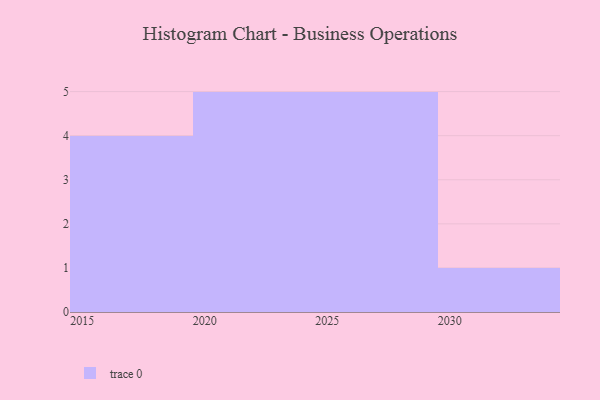
{"axis": {"x": "Year", "y": "LTV (USD)"}, "legend": [""], "data": [{"x": "2024", "y": 65, "type": ""}, {"x": "2026", "y": 85, "type": ""}, {"x": "2020", "y": 92, "type": ""}, {"x": "2022", "y": 87, "type": ""}, {"x": "2029", "y": 67, "type": ""}, {"x": "2018", "y": 72, "type": ""}, {"x": "2019", "y": 45, "type": ""}, {"x": "2030", "y": 54, "type": ""}, {"x": "2028", "y": 88, "type": ""}, {"x": "2021", "y": 100, "type": ""}, {"x": "2023", "y": 70, "type": ""}, {"x": "2017", "y": 99, "type": ""}, {"x": "2025", "y": 8, "type": ""}, {"x": "2027", "y": 5, "type": ""}, {"x": "2015", "y": 22, "type": ""}]}